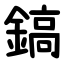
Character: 鎬